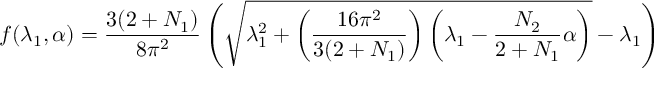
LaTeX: f ( \lambda _ { 1 } , \alpha ) = { \frac { 3 ( 2 + N _ { 1 } ) } { 8 \pi ^ { 2 } } } \left( \sqrt { \lambda _ { 1 } ^ { 2 } + \left( { \frac { 1 6 \pi ^ { 2 } } { 3 ( 2 + N _ { 1 } ) } } \right) \left( \lambda _ { 1 } - { \frac { N _ { 2 } } { 2 + N _ { 1 } } } \alpha \right) } - \lambda _ { 1 } \right)